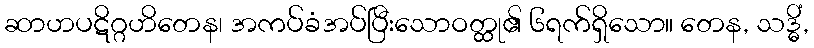
ဆာဟပဋိဂ္ဂဟိတေန၊ အကပ်ခံအပ်ပြီးသောဝတ္ထု၏ ၆ရက်ရှိသော။ တေန, သဒ္ဓိံ,